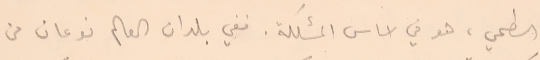
السطحي، هو في اساس المشكلة. ففي بلدان العالم نوعان من